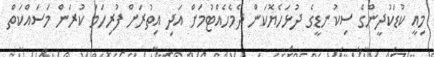
މިއީ ކުޑަކުދީންގެ ސިކުނޑީގެ ދުޅަހެޔޮކަން ދެމެހެއްޓުމަށް އަދި އިތުރަށް ފުރިހަމަ ކުރަން މަސައްކަތް